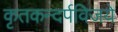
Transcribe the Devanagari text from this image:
कृतकन्दर्पविजये